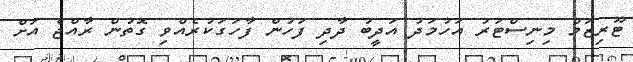
ޓޫރިޒަމް މިނިސްޓަރު އަހުމަދު އަދީބު ދާދި ފަހުން ފާހަގަކުރެއްވި ގޮތުން ރާއްޖެ އަށް